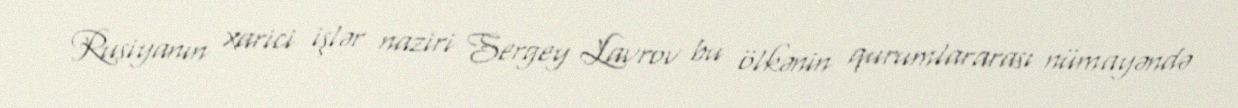
Rusiyanın xarici işlər naziri Sergey Lavrov bu ölkənin qurumlararası nümayəndə